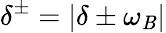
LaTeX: \delta^{\pm}=\lvert\delta\pm\omega_{\mathit{B}}\rvert